Leaving Certificate Examination (including Day School Certificate (Higher) General paper), 1936
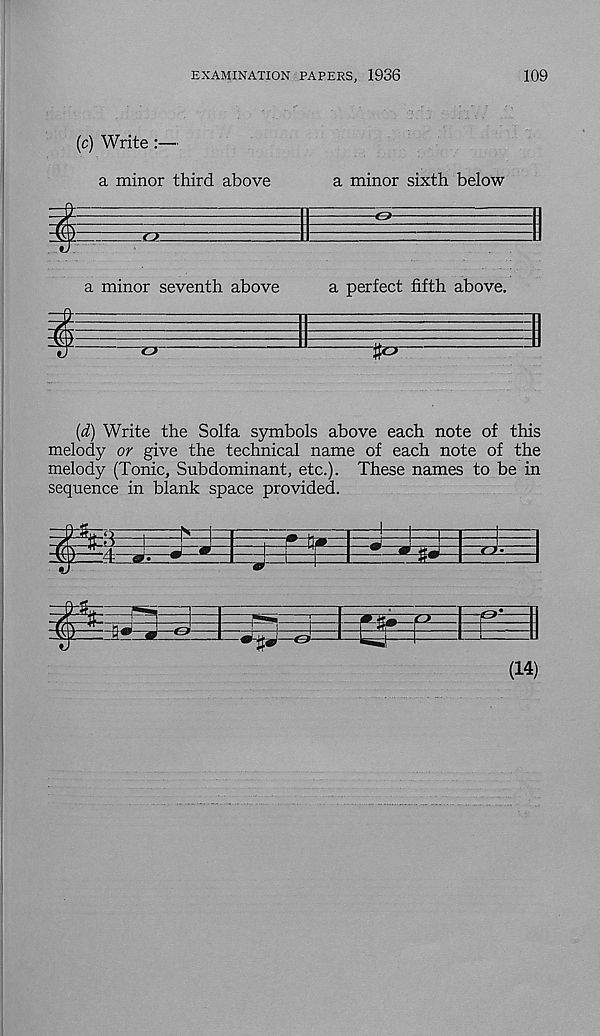
EXAMINATION PAPERS, 1936
109
(c) Write:—
a minor third above
a minor sixth below
a minor seventh above
a perfect fifth above.
{d) Write the Solfa symbols above each note of this
melody or give the technical name of each note of the
melody (Tonic, Subdominant, etc.). These names to be in
sequence in blank space provided.
(14)